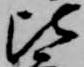
比